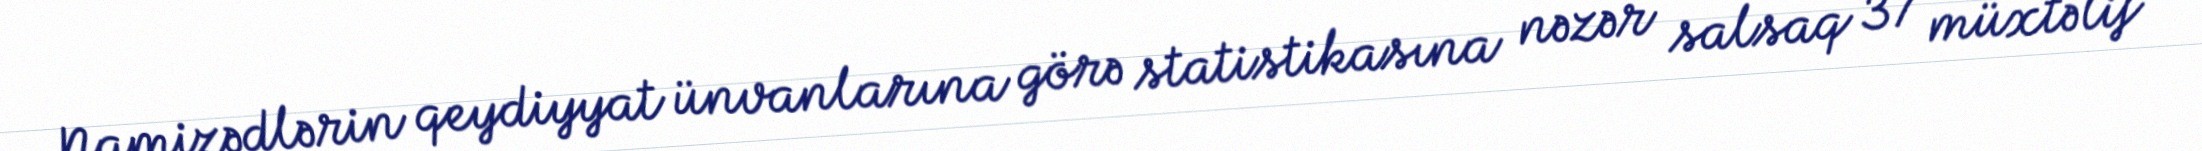
Namizədlərin qeydiyyat ünvanlarına görə statistikasına nəzər salsaq 37 müxtəlif